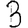
Digit: 3